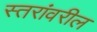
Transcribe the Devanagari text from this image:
स्‍तरांवरील